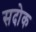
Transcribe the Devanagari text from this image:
सदोक